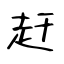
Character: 赶